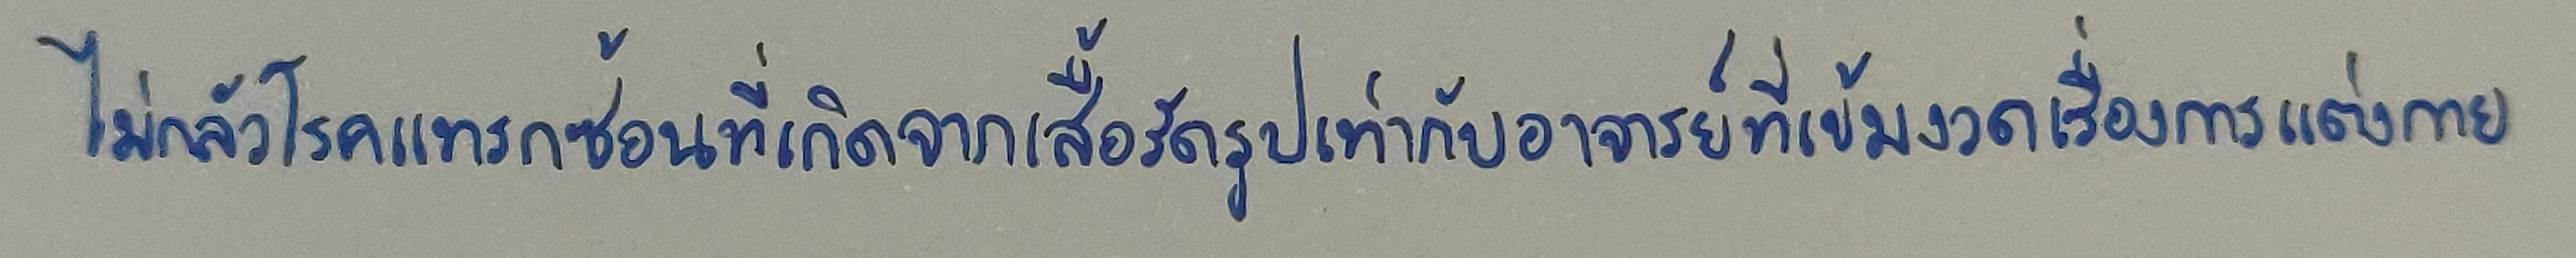
ไม่กลัวโรคแทรกซ้อนที่เกิดจากเสื้อรัดรูปเท่ากับอาจารย์ที่เข้มงวดเรื่องการแต่งกาย